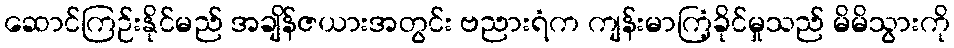
ဆောင်ကြဉ်းနိုင်မည် အချိန်ဇယားအတွင်း ဗညားရံက ကျန်းမာကြံ့ခိုင်မှုသည် မိမိသွားကို